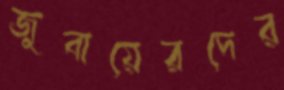
জুবায়েরদের